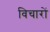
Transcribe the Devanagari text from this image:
विचाराें